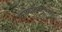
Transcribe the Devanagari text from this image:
काव्यात्मदृष्ट्या